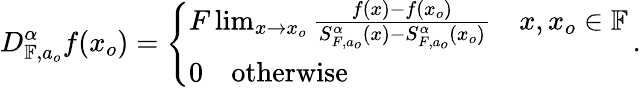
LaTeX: D_{\mathbb{F},a_{o}}^{\alpha}f(x_{o})=\left\{ \begin{array}{ll}{F\operatorname*{lim}_{x\rightarrow x_{o}}\frac{f(x)-f(x_{o})}{S_{F,a_{o}}^{\alpha}(x)-S_{F,a_{o}}^{\alpha}(x_{o})}~~~~x,x_{o}\in\mathbb{F}}\\ {0~~~~\textrm{otherwise}}\end{array}\right.\, .